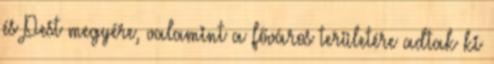
és Pest megyére, valamint a főváros területére adtak ki